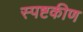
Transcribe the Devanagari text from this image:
स्पष्टकीण